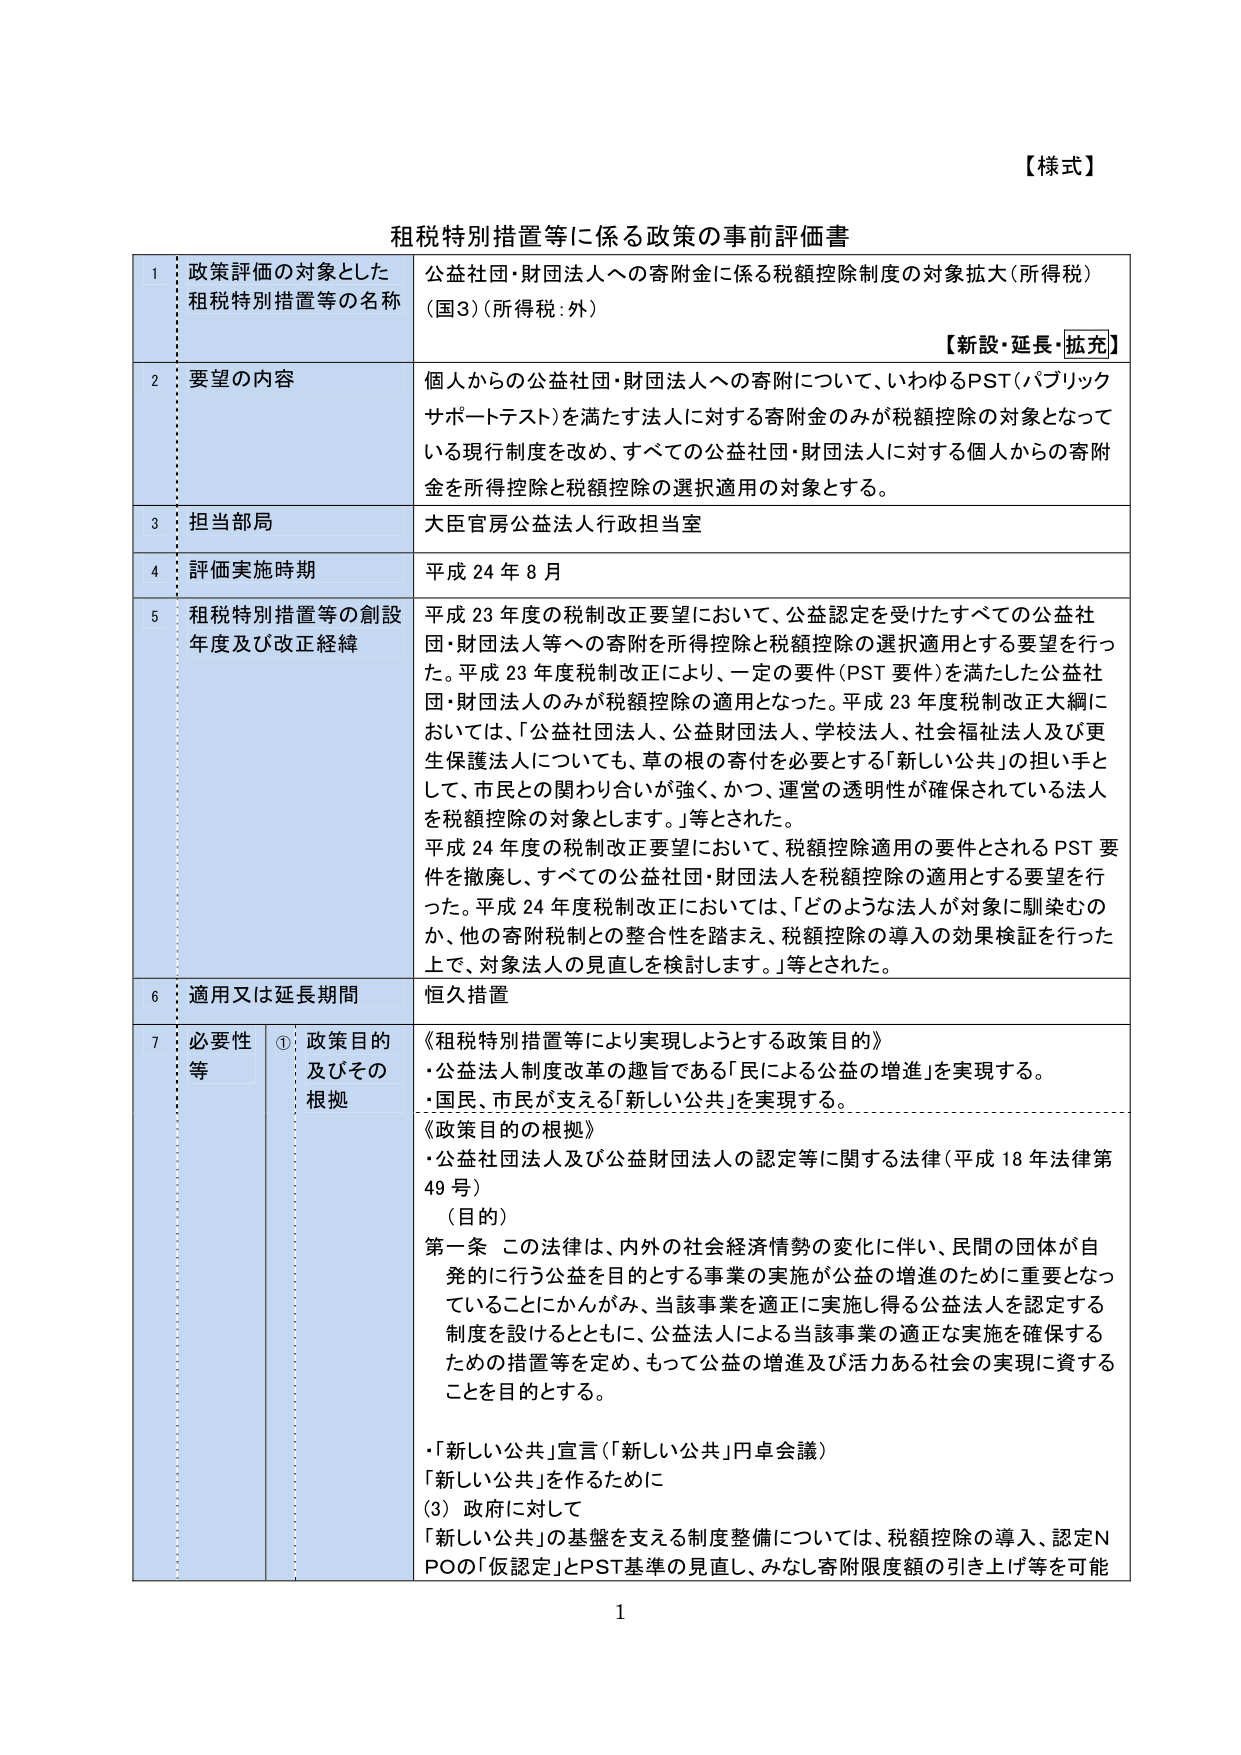
【様式】
租税特別措置等に係る政策の事前評価書

1 政策評価の対象とした
租税特別措置等の名称
公益社団・財団法人への寄附金に係る税額控除制度の対象拡大（所得税）
（国3）（所得税：外）
【新設・延長・拡充】

2 要望の内容
個人からの公益社団・財団法人への寄附について、いわゆるPST（パブリックサポートテスト）を満たす法人に対する寄附金のみが税額控除の対象となっている現行制度を改め、すべての公益社団・財団法人に対する個人からの寄附金を所得控除と税額控除の選択適用の対象とする。

3 担当部局
大臣官房公益法人行政担当室

4 評価実施時期
平成24年8月

5 租税特別措置等の創設年度及び改正経緯
平成23年度の税制改正要望において、公益認定を受けたすべての公益社団・財団法人等への寄附を所得控除と税額控除の選択適用とする要望を行った。平成23年度税制改正により、一定の要件（PST要件）を満たした公益社団・財団法人のみが税額控除の適用となった。平成23年度税制改正大綱において、「公益社団法人、公益財団法人、学校法人、社会福祉法人及び更生保護法人についても、草の根の寄付を必要とする「新しい公共」の担い手として、市民との関わり合いが強く、かつ、運営の透明性が確保されている法人を税額控除の対象とします。」等とされた。
平成24年度の税制改正要望において、税額控除適用の要件とされるPST要件を撤廃し、すべての公益社団・財団法人を税額控除の適用とする要望を行った。平成24年度税制改正においては、「どのような法人が対象に馴染むのか、他の寄附税制との整合性を踏まえ、税額控除の導入の効果検証を行った上で、対象法人の見直しを検討します。」等とされた。

6 適用又は延長期間
恒久措置

7 必要性等
① 政策目的及びその根拠
《租税特別措置等により実現しようとする政策目的》
・公益法人制度改革の趣旨である「民による公益の増進」を実現する。
・国民、市民が支える「新しい公共」を実現する。
《政策目的の根拠》
・公益社団法人及び公益財団法人の認定等に関する法律（平成18年法律第49号）
（目的）
第一条 この法律は、内外の社会経済情勢の変化に伴い、民間の団体が自発的に行う公益を目的とする事業の実施が公益の増進のために重要となっていることにかんがみ、当該事業を適正に実施し得る公益法人を認定する制度を設けるとともに、公益法人による当該事業の適正な実施を確保するための措置等を定め、もって公益の増進及び活力ある社会の実現に資することを目的とする。
・「新しい公共」宣言（「新しい公共」円卓会議）
「新しい公共」を作るために
（3）政府に対して
「新しい公共」の基盤を支える制度整備については、税額控除の導入、認定NPOの「仮認定」とPST基準の見直し、みなし寄附限度額の引き上げ等を可能

1